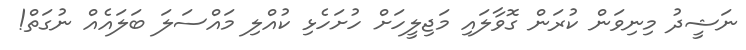
ނަޝީދު މިނިވަން ކުރަން ގޮވާލައި މަޖިލީހަށް ހުށަހެޅި ކުއްލި މައްސަލަ ބަލައެއް ނުގަތް!